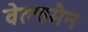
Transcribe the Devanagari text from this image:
वेल्चमैन